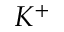
K ^ { + }